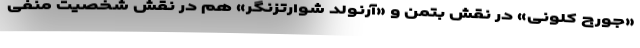
«جورج کلونی» در نقش بتمن و «آرنولد شوارتزنگر» هم در نقش شخصیت منفی